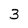
Character: 3